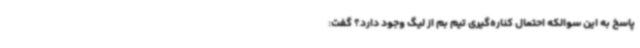
پاسخ به این سوالکه احتمال کناره‌گیری تیم بم از لیگ وجود دارد؟ گفت: